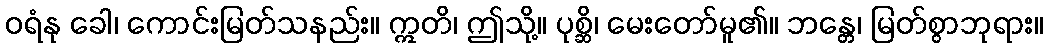
ဝရံနု ခေါ၊ ကောင်းမြတ်သနည်း။ ဣတိ၊ ဤသို့။ ပုစ္ဆိ၊ မေးတော်မူ၏။ ဘန္တေ၊ မြတ်စွာဘုရား။